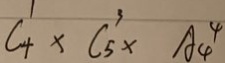
C _ { 4 } ^ { 1 } \times C _ { 5 } ^ { 3 } \times A _ { 4 } ^ { 4 }